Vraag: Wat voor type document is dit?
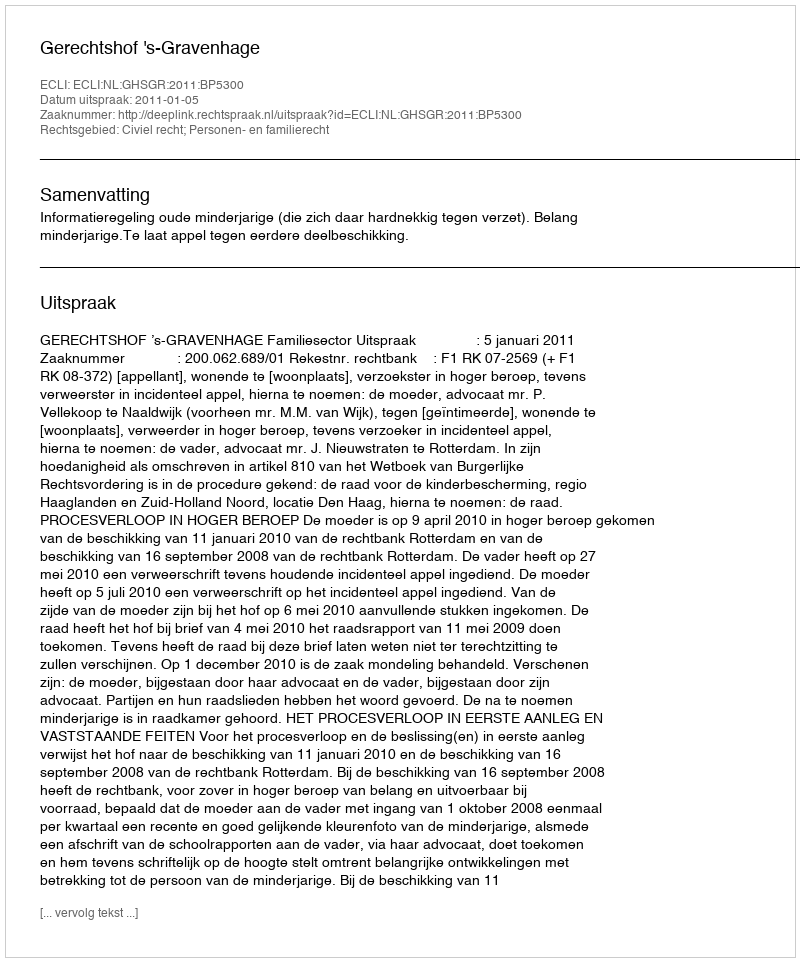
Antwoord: Uitspraak